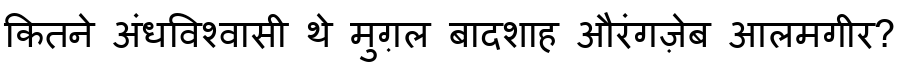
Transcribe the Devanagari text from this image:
कितने अंधविश्वासी थे मुग़ल बादशाह औरंगज़ेब आलमगीर?